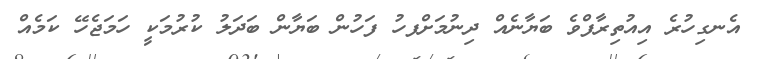
އެނގިހުރެ އިއުތިރާފްވެ ބަޔާނެއް ދިނުމަށްފހު ފަހުން ބަޔާން ބަދަލު ކުރުމަކީ ހަމަޖެހޭ ކަމެއް